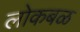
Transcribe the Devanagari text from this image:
लोकबळ